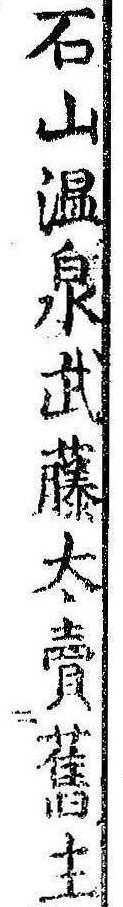
石山温泉武藤太売旧主